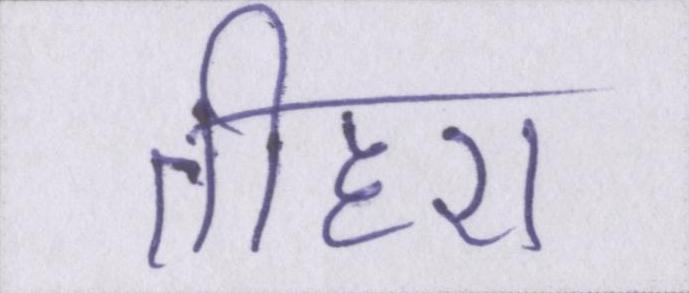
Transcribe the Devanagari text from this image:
तीहरा